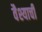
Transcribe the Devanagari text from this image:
वैश्याची